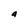
Character: a